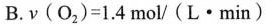
B. $$ν ( О _ { 2 } ) = 1 . 4 m o l / ( L · m i n )$$